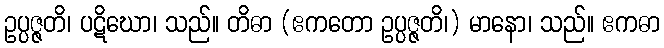
ဥပ္ပဇ္ဇတိ၊ ပဋိဃော၊ သည်။ တိဓာ (ဧကတော ဥပ္ပဇ္ဇတိ၊) မာနော၊ သည်။ ဧကဓာ